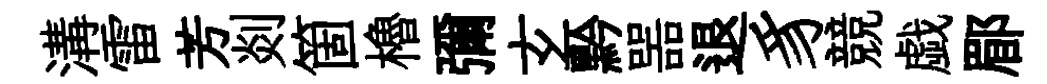
溝雷芳剡箇櫓彌𤣥黔噐退豸競戯郿